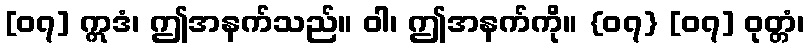
[၀၇] ဣဒံ၊ ဤအနက်သည်။ ဝါ၊ ဤအနက်ကို။ {၀၇} [၀၇] ဝုတ္တံ၊